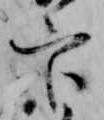
官